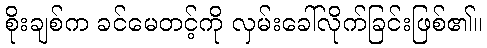
စိုးချစ်က ခင်မေတင့်ကို လှမ်းခေါ်လိုက်ခြင်းဖြစ်၏။